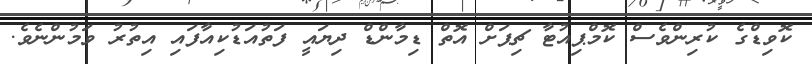
ކޮވިޑްގެ ކުރިންވެސް ކޮމްޕިއުޓާ ޗިޕަށް އޮތް ޑިމާންޑް ދިޔައީ ފަތުއަޑުކިއާފައި އިތުރު ވަމުންނެވެ.